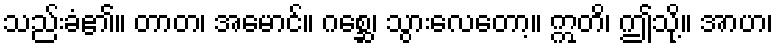
သည်းခံ၏။ တာတ၊ အမောင်။ ဂစ္ဆေ၊ သွားလေတော့။ ဣတိ၊ ဤသို့။ အာဟ၊